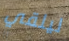
ليلقي